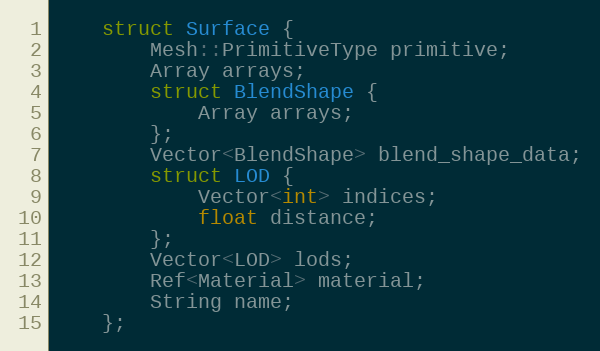
Language: C
	struct Surface {
		Mesh::PrimitiveType primitive;
		Array arrays;
		struct BlendShape {
			Array arrays;
		};
		Vector<BlendShape> blend_shape_data;
		struct LOD {
			Vector<int> indices;
			float distance;
		};
		Vector<LOD> lods;
		Ref<Material> material;
		String name;
	};